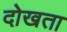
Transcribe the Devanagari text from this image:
दोखता